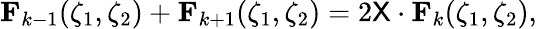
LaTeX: \mathbf F_{k-1}(\zeta_{1},\zeta_{2})+\mathbf F_{k+1}(\zeta_{1},\zeta_{2})=2\mathsf X\cdot\mathbf F_{k}(\zeta_{1},\zeta_{2}),